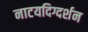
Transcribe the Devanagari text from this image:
नाटयदिग्दर्शन